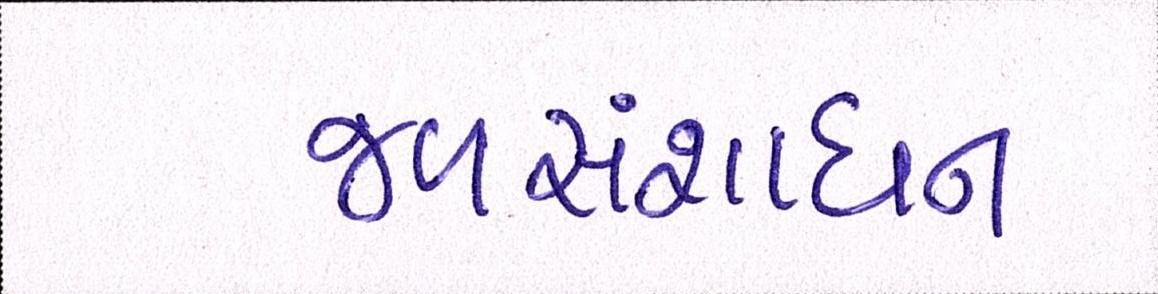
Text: જળસંશાધન